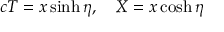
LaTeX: c T = x \sinh \eta , \quad X = x \cosh \eta